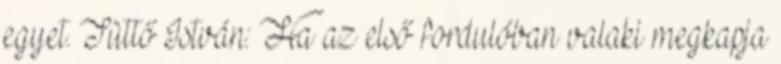
egyet. Tüttő István: Ha az első fordulóban valaki megkapja